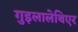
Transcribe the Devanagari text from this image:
गुइलालेथिएर